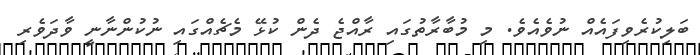
ބަލިކުރެވިފައެއް ނުވެއެވެ. މި މުބާރާތުގައި ރާއްޖެ ދެން ކުޅޭ މެޗެއްގައި ނުކުންނާނީ ވާދަވެރި